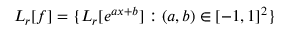
L _ { r } [ f ] = \{ L _ { r } [ e ^ { a x + b } ] : ( a , b ) \in [ - 1 , 1 ] ^ { 2 } \}